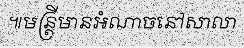
៕មន្ត្រីមានអំណាចនៅសាលា